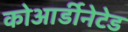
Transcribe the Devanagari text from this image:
कोआर्डीनेटेड